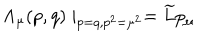
\Lambda _ { \mu } ( p , q ) \mid _ { p = q , p ^ { 2 } = \mu ^ { 2 } } = \widetilde { L } p _ { \mu }